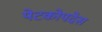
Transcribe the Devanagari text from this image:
पेटकोपदेस